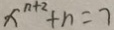
x ^ { n + 2 } + n = 7